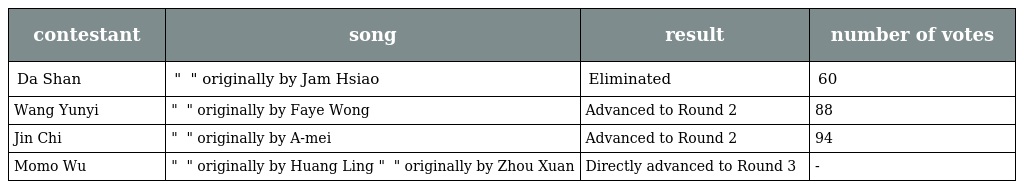
| contestant | song | result | number of votes |
 | --- | --- | --- | --- |
 | Da Shan | " 王妃 " originally by Jam Hsiao | Eliminated | 60 |
 | Wang Yunyi | " 你快乐所以我快乐 " originally by Faye Wong | Advanced to Round 2 | 88 |
 | Jin Chi | " 后知后觉 " originally by A-mei | Advanced to Round 2 | 94 |
 | Momo Wu | " 痒 " originally by Huang Ling " 天涯歌女 " originally by Zhou Xuan | Directly advanced to Round 3 | - |